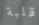
قلبة